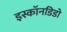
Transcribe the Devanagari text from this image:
इस्कॉनडिडो